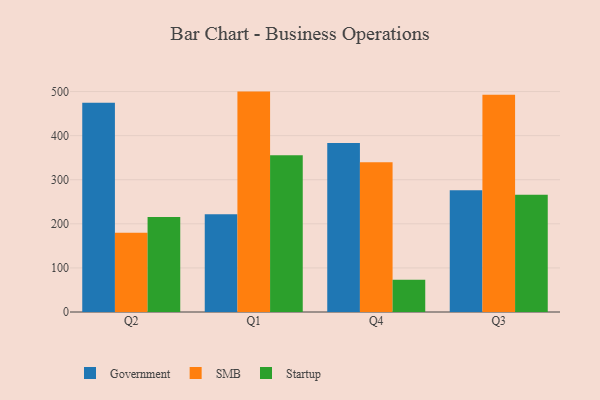
{"axis": {"x": "Quarter", "y": "Production Output"}, "legend": ["Government", "SMB", "Startup"], "data": [{"x": "Q2", "y": 474.7, "type": "Government"}, {"x": "Q2", "y": 179.9, "type": "SMB"}, {"x": "Q2", "y": 215.4, "type": "Startup"}, {"x": "Q1", "y": 221.8, "type": "Government"}, {"x": "Q1", "y": 499.9, "type": "SMB"}, {"x": "Q1", "y": 355.8, "type": "Startup"}, {"x": "Q4", "y": 383.5, "type": "Government"}, {"x": "Q4", "y": 339.6, "type": "SMB"}, {"x": "Q4", "y": 72.9, "type": "Startup"}, {"x": "Q3", "y": 276.2, "type": "Government"}, {"x": "Q3", "y": 493.0, "type": "SMB"}, {"x": "Q3", "y": 265.9, "type": "Startup"}]}